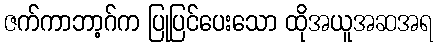
ဇက်ကာဘာ့ဂ်က ပြုပြင်ပေးသော ထိုအယူအဆအရ